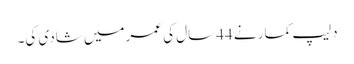
دلیپ کمار نے 44سال کی عمرمیں شادی کی۔